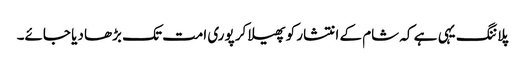
پلاننگ یہی ہے کہ شام کے انتشار کو پھیلا کر پوری امت تک بڑھا دیا جائے۔